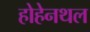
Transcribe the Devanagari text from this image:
होहेनथल